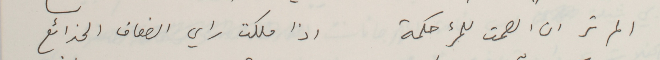
الم تر ان الصمت للمرء حكمة               اذا ملكت راي الضعاف الخدائع